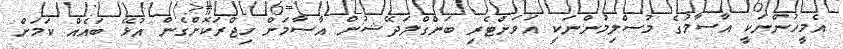
އެމީހުންނަކީ އާސާމުގެ މުސްލިމުންނަކީ އަވަށްޓެރި ބަންގްލަދޭޝުން އާސާމަށް ހިޖްރަކޮށްގެން އުޅޭ ބައެއް ކަމަށް